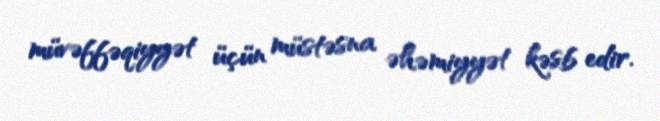
müvəffəqiyyət üçün müstəsna əhəmiyyət kəsb edir.